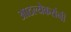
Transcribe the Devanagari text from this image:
आठल्येकरांनी